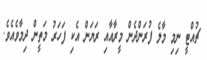
ޗުއްޓީ ނިމި މާލެ ފުރަންދެން މީރާއާއި ރަޔަން އެކި ފަހަރު މަތީން ދިމާވެއެވެ.